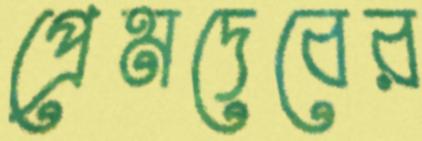
প্রেমদেবের